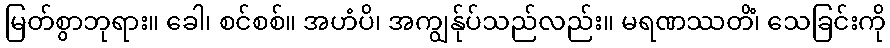
မြတ်စွာဘုရား။ ခေါ၊ စင်စစ်။ အဟံပိ၊ အကျွန်ုပ်သည်လည်း။ မရဏဿတိံ၊ သေခြင်းကို